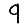
Digit: 9